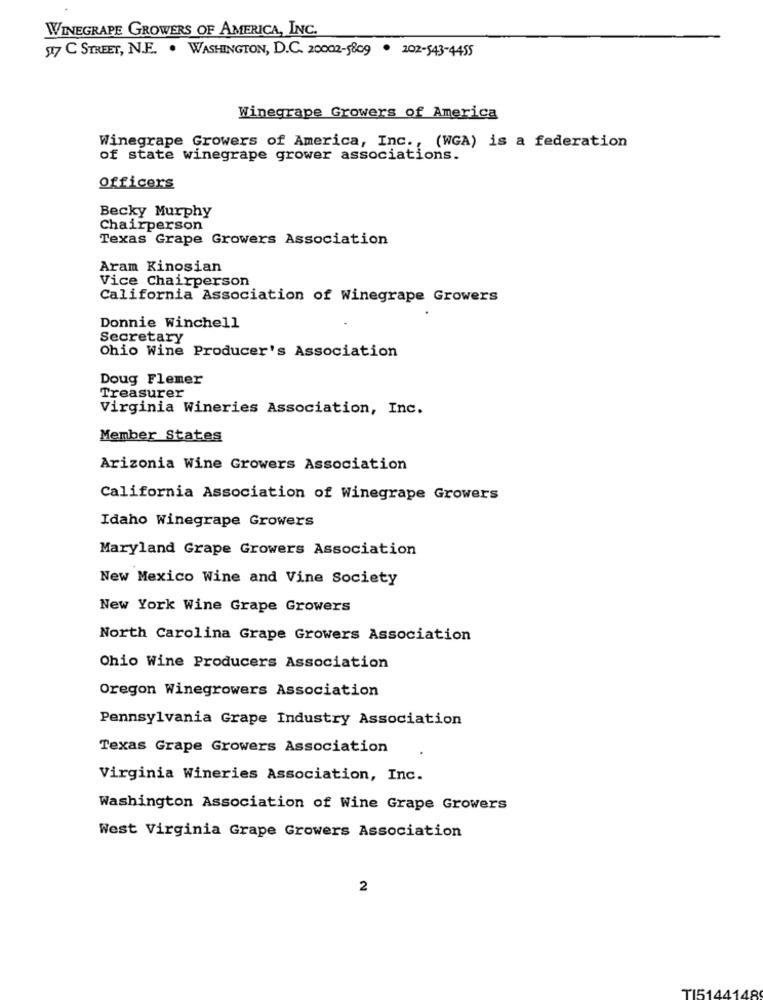
WINEGRAPE GROWERS OF AMERICA, INC.
17 C STREET, N.E. . WASHINGTON, D.C. 20002-5809 . 202-543-455
Winegrape Growers of America
Winegrape Growers of America, Inc ., (WGA) is a federation
of state winegrape grower associations.
officers
Becky Murphy
Chairperson
Texas Grape Growers Association
Aram Kinosian
Vice Chairperson
California Association of Winegrape Growers
Donnie Winchell
Secretary
Ohio Wine Producer's Association
Doug Flemer
Treasurer
Virginia Wineries Association, Inc.
Member States
Arizonia Wine Growers Association
California Association of Winegrape Growers
Idaho Winegrape Growers
Maryland Grape Growers Association
New Mexico Wine and Vine Society
New York Wine Grape Growers
North Carolina Grape Growers Association
Ohio Wine Producers Association
Oregon Winegrowers Association
Pennsylvania Grape Industry Association
Texas Grape Growers Association
Virginia Wineries Association, Inc.
Washington Association of Wine Grape Growers
West Virginia Grape Growers Association
2
TI5144148